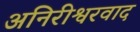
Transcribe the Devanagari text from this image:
अनिरीश्वरवाद